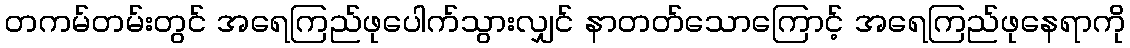
တကမ်တမ်းတွင် အရေကြည်ဖုပေါက်သွားလျှင် နာတတ်သောကြောင့် အရေကြည်ဖုနေရာကို